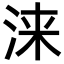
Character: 涞